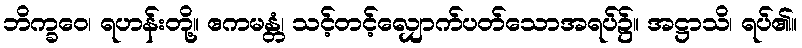
ဘိက္ခဝေ၊ ရဟန်းတို့။ ဧကမန္တံ၊ သင့်တင့်လျှောက်ပတ်သောအရပ်၌။ အဋ္ဌာသိ၊ ရပ်၏။